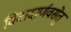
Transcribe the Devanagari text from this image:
विवादार्णवसेतु